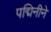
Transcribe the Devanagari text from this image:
पद्मिनीने